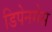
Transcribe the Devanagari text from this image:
डिपेनमेस